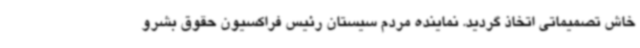
خاش تصمیماتی اتخاذ گردید. نماینده مردم سیستان رئیس فراکسیون حقوق بشرو